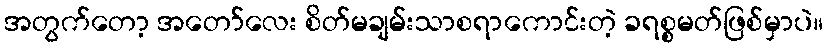
အတွက်တော့ အတော်လေး စိတ်မချမ်းသာစရာကောင်းတဲ့ ခရစ္စမတ်ဖြစ်မှာပဲ။